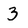
Character: 3